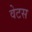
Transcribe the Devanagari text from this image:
वेटस